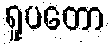
ရူပတော